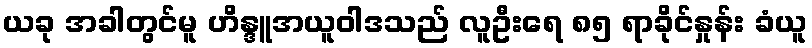
ယခု အခါတွင်မူ ဟိန္ဒူအယူဝါဒသည် လူဦးရေ ၈၅ ရာခိုင်နှုန်း ခံယူ